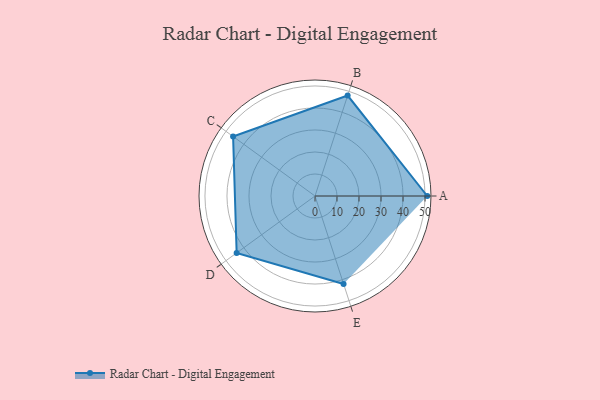
{"axis": {"x": "Skill", "y": "Score"}, "legend": ["Profile"], "data": [{"x": "A", "y": 51.0, "type": "Profile"}, {"x": "B", "y": 48.0, "type": "Profile"}, {"x": "C", "y": 46.0, "type": "Profile"}, {"x": "D", "y": 44.0, "type": "Profile"}, {"x": "E", "y": 42.0, "type": "Profile"}]}